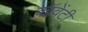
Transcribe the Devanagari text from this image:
कॉवेंटी